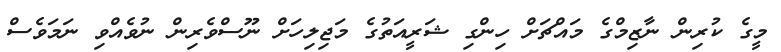
މީގެ ކުރިން ނާޒިމްގެ މައްޗަށް ހިންގި ޝަރީއަތުގެ މަޖިލިހަށް ނޫސްވެރިން ނުވެއްވި ނަމަވެސް